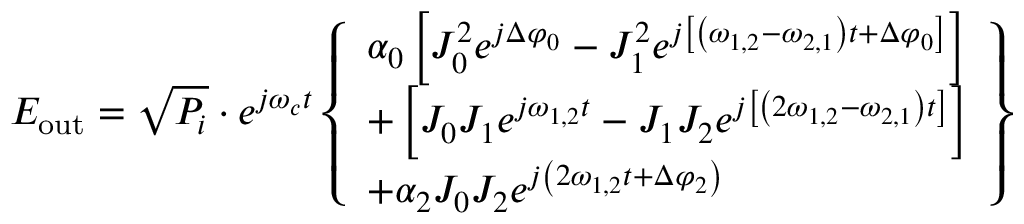
E _ { \mathrm { o u t } } = \sqrt { P _ { i } } \cdot e ^ { j \omega _ { c } t } \left\{ \begin{array} { l } { \alpha _ { 0 } \left[ J _ { 0 } ^ { 2 } e ^ { j \Delta \varphi _ { 0 } } - J _ { 1 } ^ { 2 } e ^ { j \left[ \left( \omega _ { 1 , 2 } - \omega _ { 2 , 1 } \right) t + \Delta \varphi _ { 0 } \right] } \right] } \\ { + \left[ J _ { 0 } J _ { 1 } e ^ { j \omega _ { 1 , 2 } t } - J _ { 1 } J _ { 2 } e ^ { j \left[ \left( 2 \omega _ { 1 , 2 } - \omega _ { 2 , 1 } \right) t \right] } \right] } \\ { + \alpha _ { 2 } J _ { 0 } J _ { 2 } e ^ { j \left( 2 \omega _ { 1 , 2 } t + \Delta \varphi _ { 2 } \right) } } \end{array} \right\}